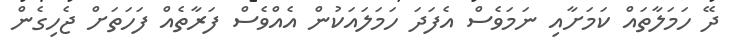
ދޭ ހަމަލާތައް ކަމަށާއި ނަމަވެސް އެފަދަ ހަމަލައަކުން އެއްވެސް ފަރާތެއް ފަހަތަށް ޖެހިގެން